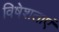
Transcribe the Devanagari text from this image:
विषेशताएं